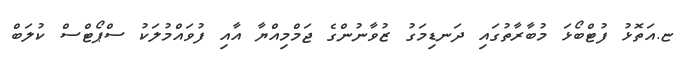
ޏ.އަތޮޅު ފުޓްބޯޅަ މުބާރާތުގައި ދަނޑިމަގު ޒުވާނުންގެ ޖަމްމިއްޔާ އާއި ފުވައްމުލަކު ސްޕޯޓްސް ކުލަބް